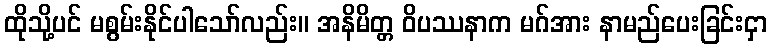
ထိုသို့ပင် မစွမ်းနိုင်ပါသော်လည်း။ အနိမိတ္တ ဝိပဿနာက မဂ်အား နာမည်ပေးခြင်းငှာ